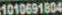
1010691804